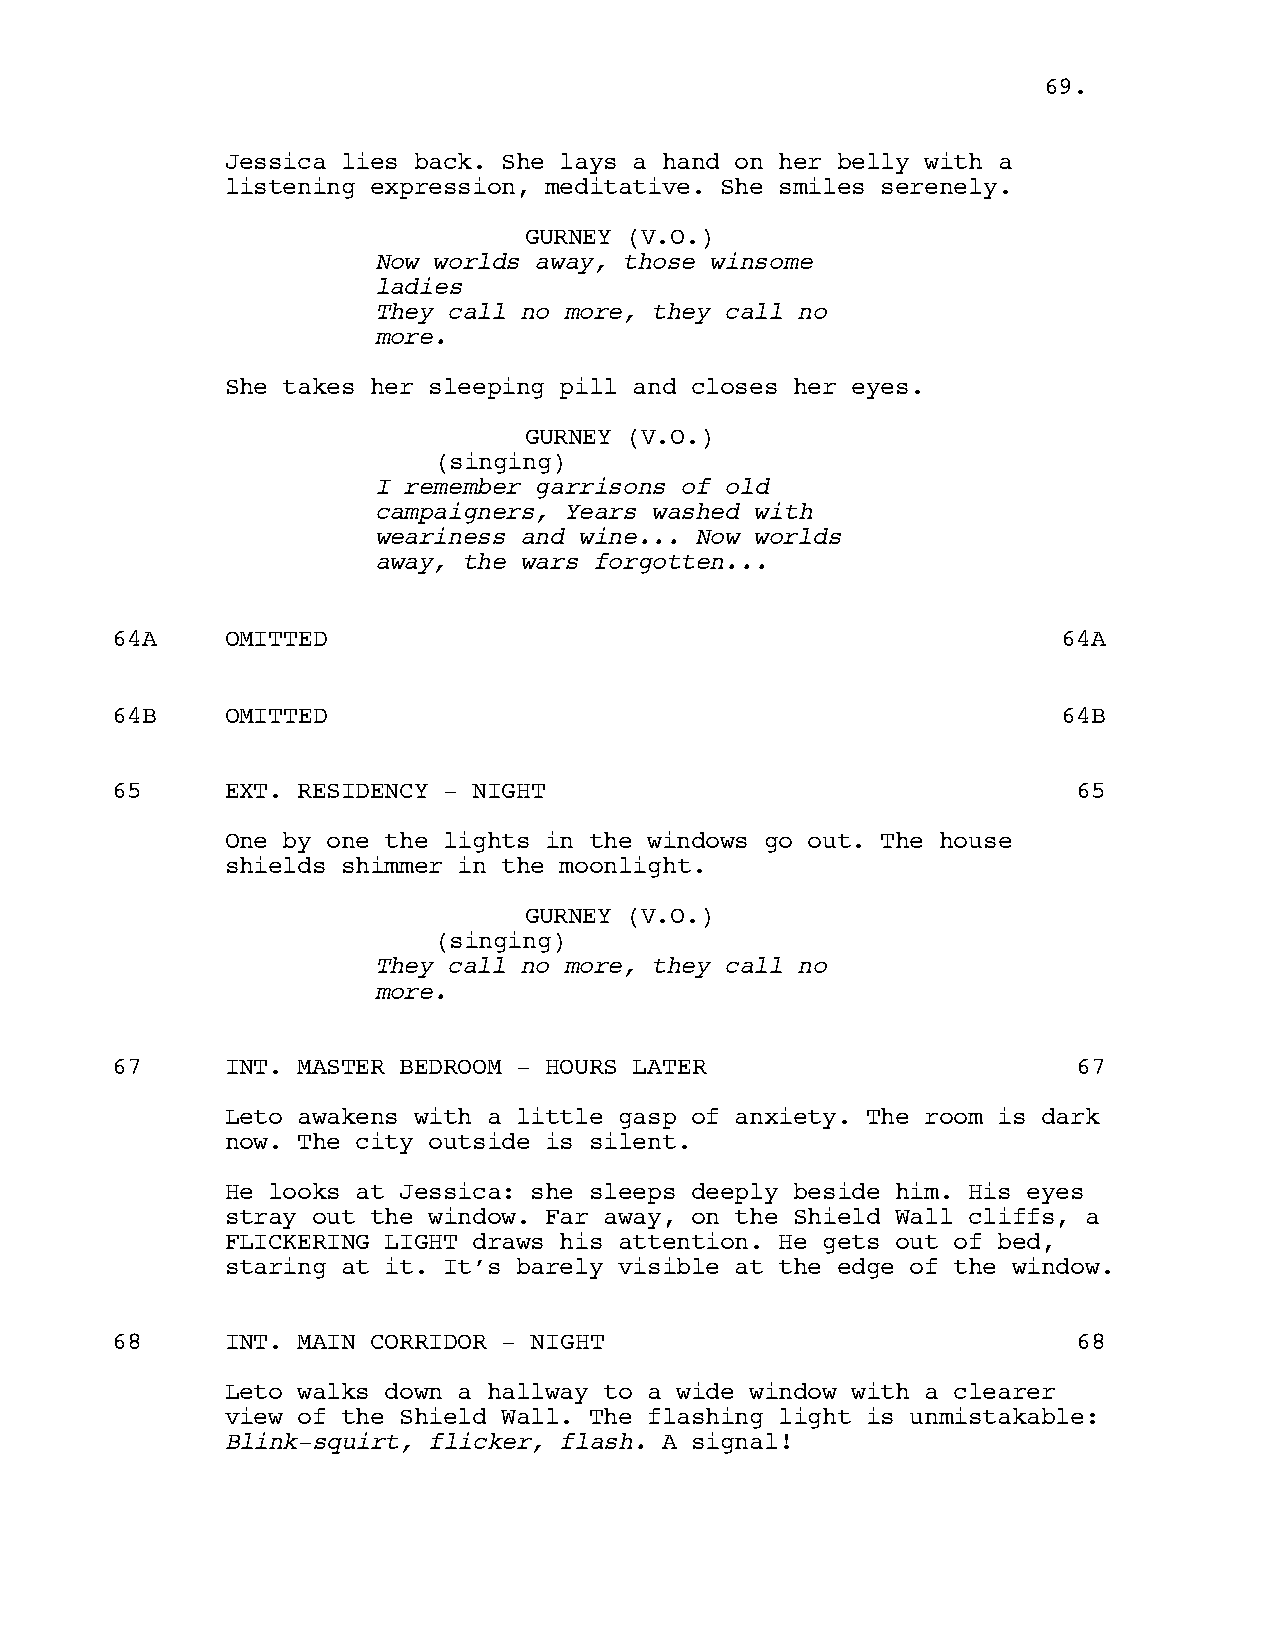
6699..
 Jessica lies back. She lays a hand on her belly with a
 listening expression, meditative. She smiles serenely.
 GURNEY (V.O.)
 Now worlds away, those winsome
 ladies
 They call no more, they call no
 more.
 She takes her sleeping pill and closes her eyes.
 GURNEY (V.O.)
 (singing)
 I remember garrisons of old
 campaigners, Years washed with
 weariness and wine... Now worlds
 away, the wars forgotten...
 64A     OMITTED                                                64A
 64B     OMITTED                                                64B
 65      EXT. RESIDENCY - NIGHT                                  65
 One by one the lights in the windows go out. The house
 shields shimmer in the moonlight.
 GURNEY (V.O.)
 (singing)
 They call no more, they call no
 more.
 67      INT. MASTER BEDROOM - HOURS LATER                       67
 Leto awakens with a little gasp of anxiety. The room is dark
 now. The city outside is silent.
 He looks at Jessica: she sleeps deeply beside him. His eyes
 stray out the window. Far away, on the Shield Wall cliffs, a
 FLICKERING LIGHT draws his attention. He gets out of bed,
 staring at it. It’s barely visible at the edge of the window.
 68      INT. MAIN CORRIDOR - NIGHT                              68
 Leto walks down a hallway to a wide window with a clearer
 view of the Shield Wall. The flashing light is unmistakable:
 Blink-squirt, flicker, flash. A signal!